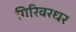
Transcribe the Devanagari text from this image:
गिरिवरधर